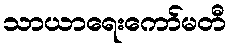
သာယာရေးကော်မတီ